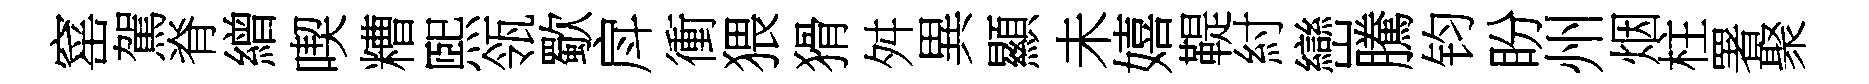
窰駕脊繒喫糟煕瓴歜戽衝猥猾舛異顯未嬉鞮紂巒騰钧盼州烟柱署聚